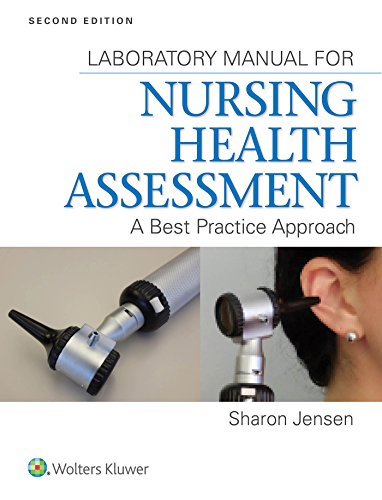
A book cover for Lab Manual for Nursing Health Assessment: A Best Practice Approach; Sharon Jensen MN  RN; Medical Books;